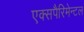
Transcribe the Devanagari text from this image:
एक्सपैरिमेन्टल